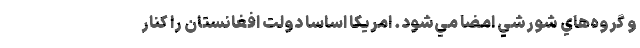
و گروه‌هاي شورشي امضا مي‌شود. امريكا اساسا دولت افغانستان را كنار